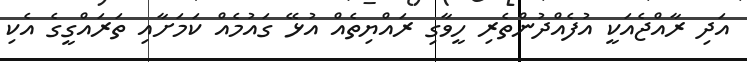
އަދި ރާއްޖެއަކީ އުފެއްދުންތެރި ހީވާގި ރައްޔިތެއް އުޅޭ ގައުމެއް ކަމަށާއި ތަރައްގީގެ އެކި